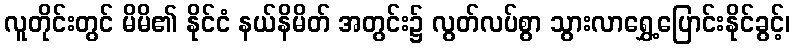
လူတိုင်းတွင် မိမိ၏ နိုင်ငံ နယ်နိမိတ် အတွင်း၌ လွတ်လပ်စွာ သွားလာရွှေ့ပြောင်းနိုင်ခွင့်၊